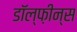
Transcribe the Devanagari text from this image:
डॉल्फ़ीन्स